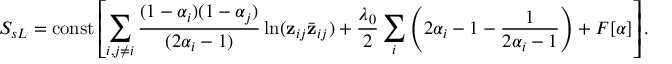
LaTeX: S _ { s L } = \mathrm { c o n s t } \left[ \sum _ { i , j \neq i } \frac { ( 1 - \alpha _ { i } ) ( 1 - \alpha _ { j } ) } { ( 2 \alpha _ { i } - 1 ) } \ln ( { \bf z } _ { i j } { \bar { \bf z } } _ { i j } ) + \frac { \lambda _ { 0 } } { 2 } \sum _ { i } \left( 2 \alpha _ { i } - 1 - \frac { 1 } { 2 \alpha _ { i } - 1 } \right) + F [ \alpha ] \right] .